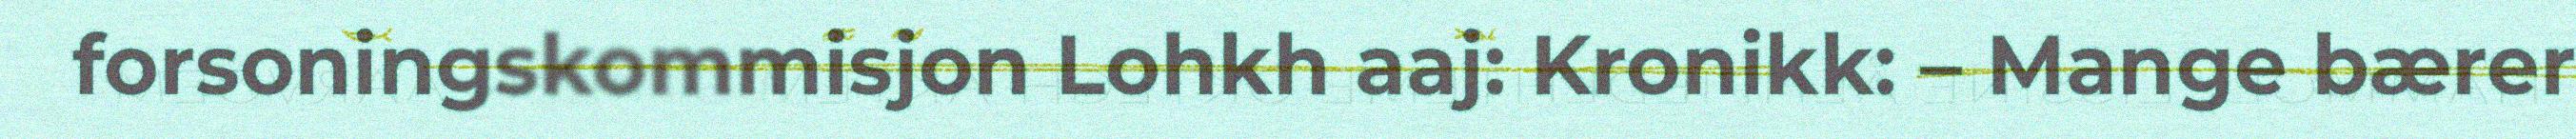
forsoningskommisjon Lohkh aaj: Kronikk: – Mange bærer